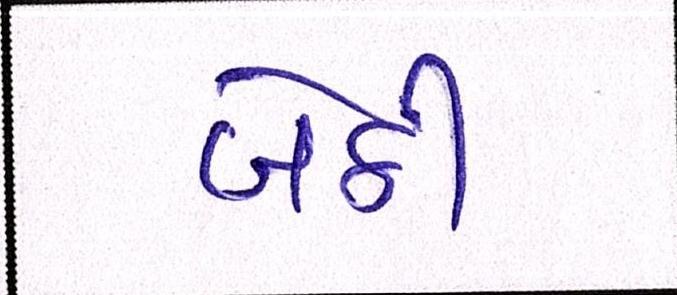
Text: બેઠી